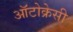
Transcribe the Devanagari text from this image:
ऑटोक्रेसी